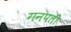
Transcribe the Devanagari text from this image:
गनपती